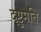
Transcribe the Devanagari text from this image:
दृष्टुमति